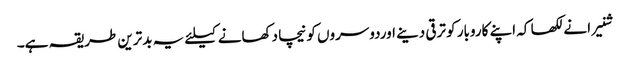
شنیرا نے لکھا کہ اپنے کاروبار کو ترقی دینے اوردوسروں کو نیچا دکھانے کیلئے یہ بدترین طریقہ ہے۔